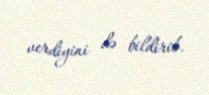
verdiyini də bildirib.